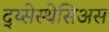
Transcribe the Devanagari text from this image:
द्य्सेस्थेसिअस